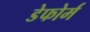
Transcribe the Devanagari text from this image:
डेफोर्म